Vaccination in Burma 1900-1911 - 1900-1911
Year: 1900
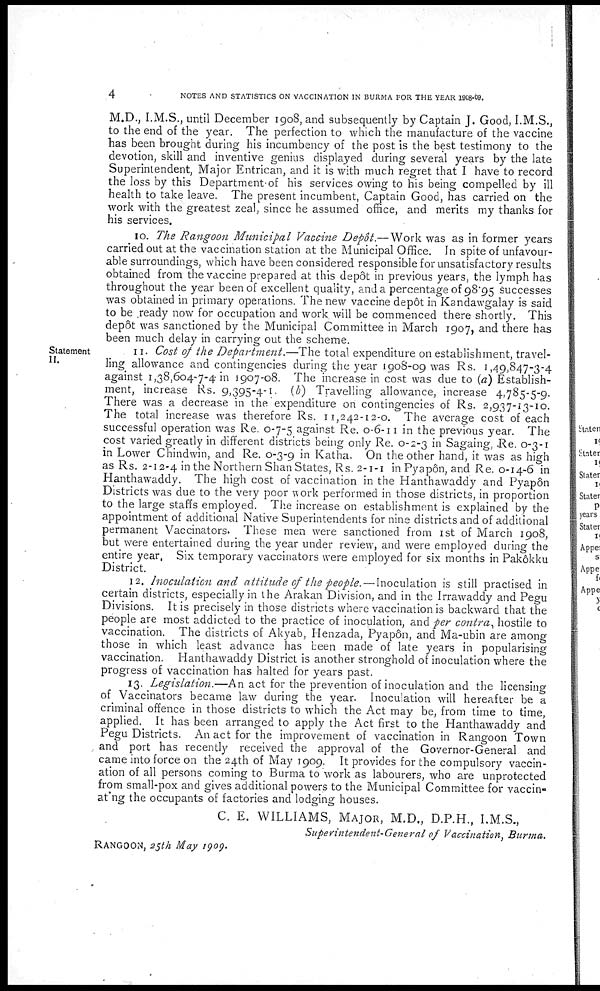
4
NOTES AND STATISTICS ON VACCINATION IN BURMA FOR THE YEAR 1908-09.
M.D., I.M.S., until December 1908, and subsequently by Captain J. Good, I.M.S.,
to the end of the year. The perfection to which the manufacture of the vaccine
has been brought during his incumbency of the post is the best testimony to the
devotion, skill and inventive genius displayed during several years by the late
Superintendent, Major Entrican, and it is with much regret that I have to record
the loss by this Department of his services owing to his being compelled by ill
health to take leave. The present incumbent, Captain Good, has carried on the
work with the greatest zeal, since he assumed office, and merits my thanks for
his services.
10. The Rangoon Municipal Vaccine Depôt.— Work was as in former years
carried out at the vaccination station at the Municipal Office. In spite of unfavour-
able surroundings, which have been considered responsible for unsatisfactory results
obtained from the vaccine prepared at this depôt in previous years, the lymph has
throughout the year been of excellent quality, and a percentage of 98.95 successes
was obtained in primary operations. The new vaccine depôt in Kandawgalay is said
to be ready now for occupation and work will be commenced there shortly. This
depôt was sanctioned by the Municipal Committee in March 1907, and there has
been much delay in carrying out the scheme.
Statement
II.
11. Cost of the Department.—The total expenditure on establishment, travel-
ling allowance and contingencies during the year 1908-09 was Rs. 1,49,847-3-4
against 1,38,604-7-4 in 1907-08. The increase in cost was due to (a) Establish-
ment, increase Rs. 9,395-4-1. (b) Travelling allowance, increase 4,785-5-9.
There was a decrease in the expenditure on contingencies of Rs. 2,937-13-10.
The total increase was therefore Rs. 11,242-12-0. The average cost of each
successful operation was Re. 0-7-5 against Re. 0-6-11 in the previous year. The
cost varied greatly in different districts being only Re. 0-2-3 in Sagaing, Re. 0-3-1
in Lower Chindwin, and Re. 0-3-9 in Katha. On the other hand, it was as high
as Rs. 2-12-4 in the Northern Shan States, Rs. 2-1-1 in Pyapôn, and Re. 0-14-6 in
Hanthawaddy. The high cost of vaccination in the Hanthawaddy and Pyapôn
Districts was due to the very poor work performed in those districts, in proportion
to the large staffs employed. The increase on establishment is explained by the
appointment of additional Native Superintendents for nine districts and of additional
permanent Vaccinators. These men were sanctioned from 1st of March 1908,
but were entertained during the year under review, and were employed during the
entire year, Six temporary vaccinators were employed for six months in Pakôkku
District.
12. Inoculation and attitude of the people. — Inoculation is still practised in
certain districts, especially in the Arakan Division, and in the Irrawaddy and Pegu
Divisions. It is precisely in those districts where vaccination is backward that the
people are most addicted to the practice of inoculation, and per contra, hostile to
vaccination. The districts of Akyab, Henzada, Pyapôn, and Ma-ubin are among
those in which least advance has been made of late years in popularising
vaccination. Hanthawaddy District is another stronghold of inoculation where the
progress of vaccination has halted for years past.
13. Legislation.—An act for the prevention of inoculation and the licensing
of Vaccinators became law during the year. Inoculation will hereafter be a
criminal offence in those districts to which the Act may be, from time to time,
applied. It has been arranged to apply the Act first to the Hanthawaddy and
Pegu Districts. An act for the improvement of vaccination in Rangoon Town
and port has recently received the approval of the Governor-General and
came into force on the 24th of May 1909. It provides for the compulsory vaccin-
ation of all persons coming to Burma to work as labourers, who are unprotected
from small-pox and gives additional powers to the Municipal Committee for vaccin-
ating the occupants of factories and lodging houses.
C. E. WILLIAMS, MAJOR, M.D., D.P.H., I.M.S.,
Superintendent-General of Vaccination, Burma.
RANGOON, 25th May 1909.